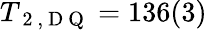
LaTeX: T_{\mathrm{~2~,~D~Q~}}=136(3)